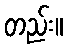
တည်း။